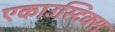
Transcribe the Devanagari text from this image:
एकाउस्टिक्स